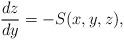
LaTeX: \begin{align*}\frac{dz}{dy}= - S(x,y,z),\end{align*}